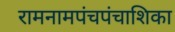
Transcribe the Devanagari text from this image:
रामनामपंचपंचाशिका